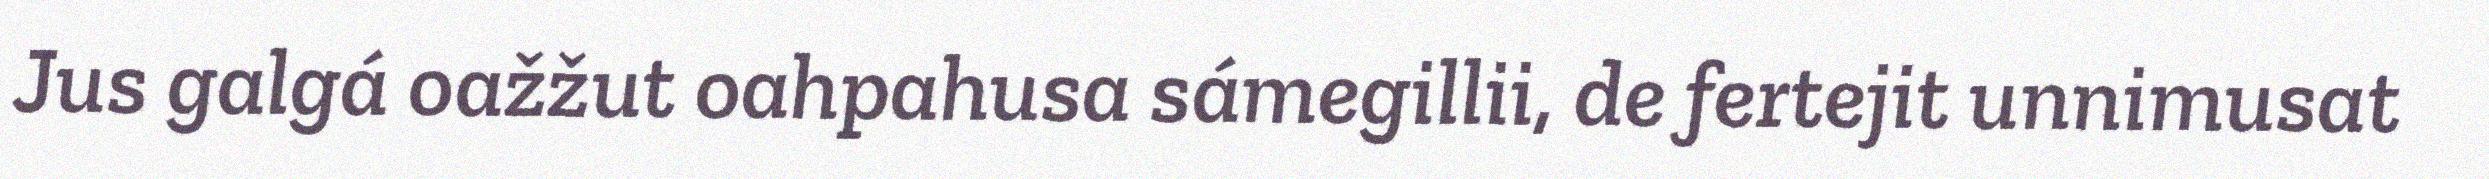
Jus galgá oažžut oahpahusa sámegillii, de fertejit unnimusat